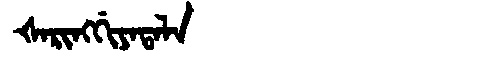
Manchu: ᡧᠠᡵᡳᠩᡤᡳᠶᠠᡨᠠᠯᠠ
Romanization: ŠARINGGIYATALA